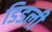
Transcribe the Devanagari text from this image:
डिडली